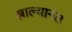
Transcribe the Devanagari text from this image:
झाल्यानंत